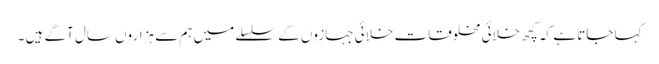
کہا جاتا ہے کہ کچھ خلائی مخلوقات خلائی جہازوں کے سلسلے میں ہم سے ہزاروں سال آگے ہیں ۔